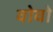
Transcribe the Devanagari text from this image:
वोवो